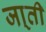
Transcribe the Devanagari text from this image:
जा्ती